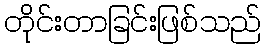
တိုင်းတာခြင်းဖြစ်သည်